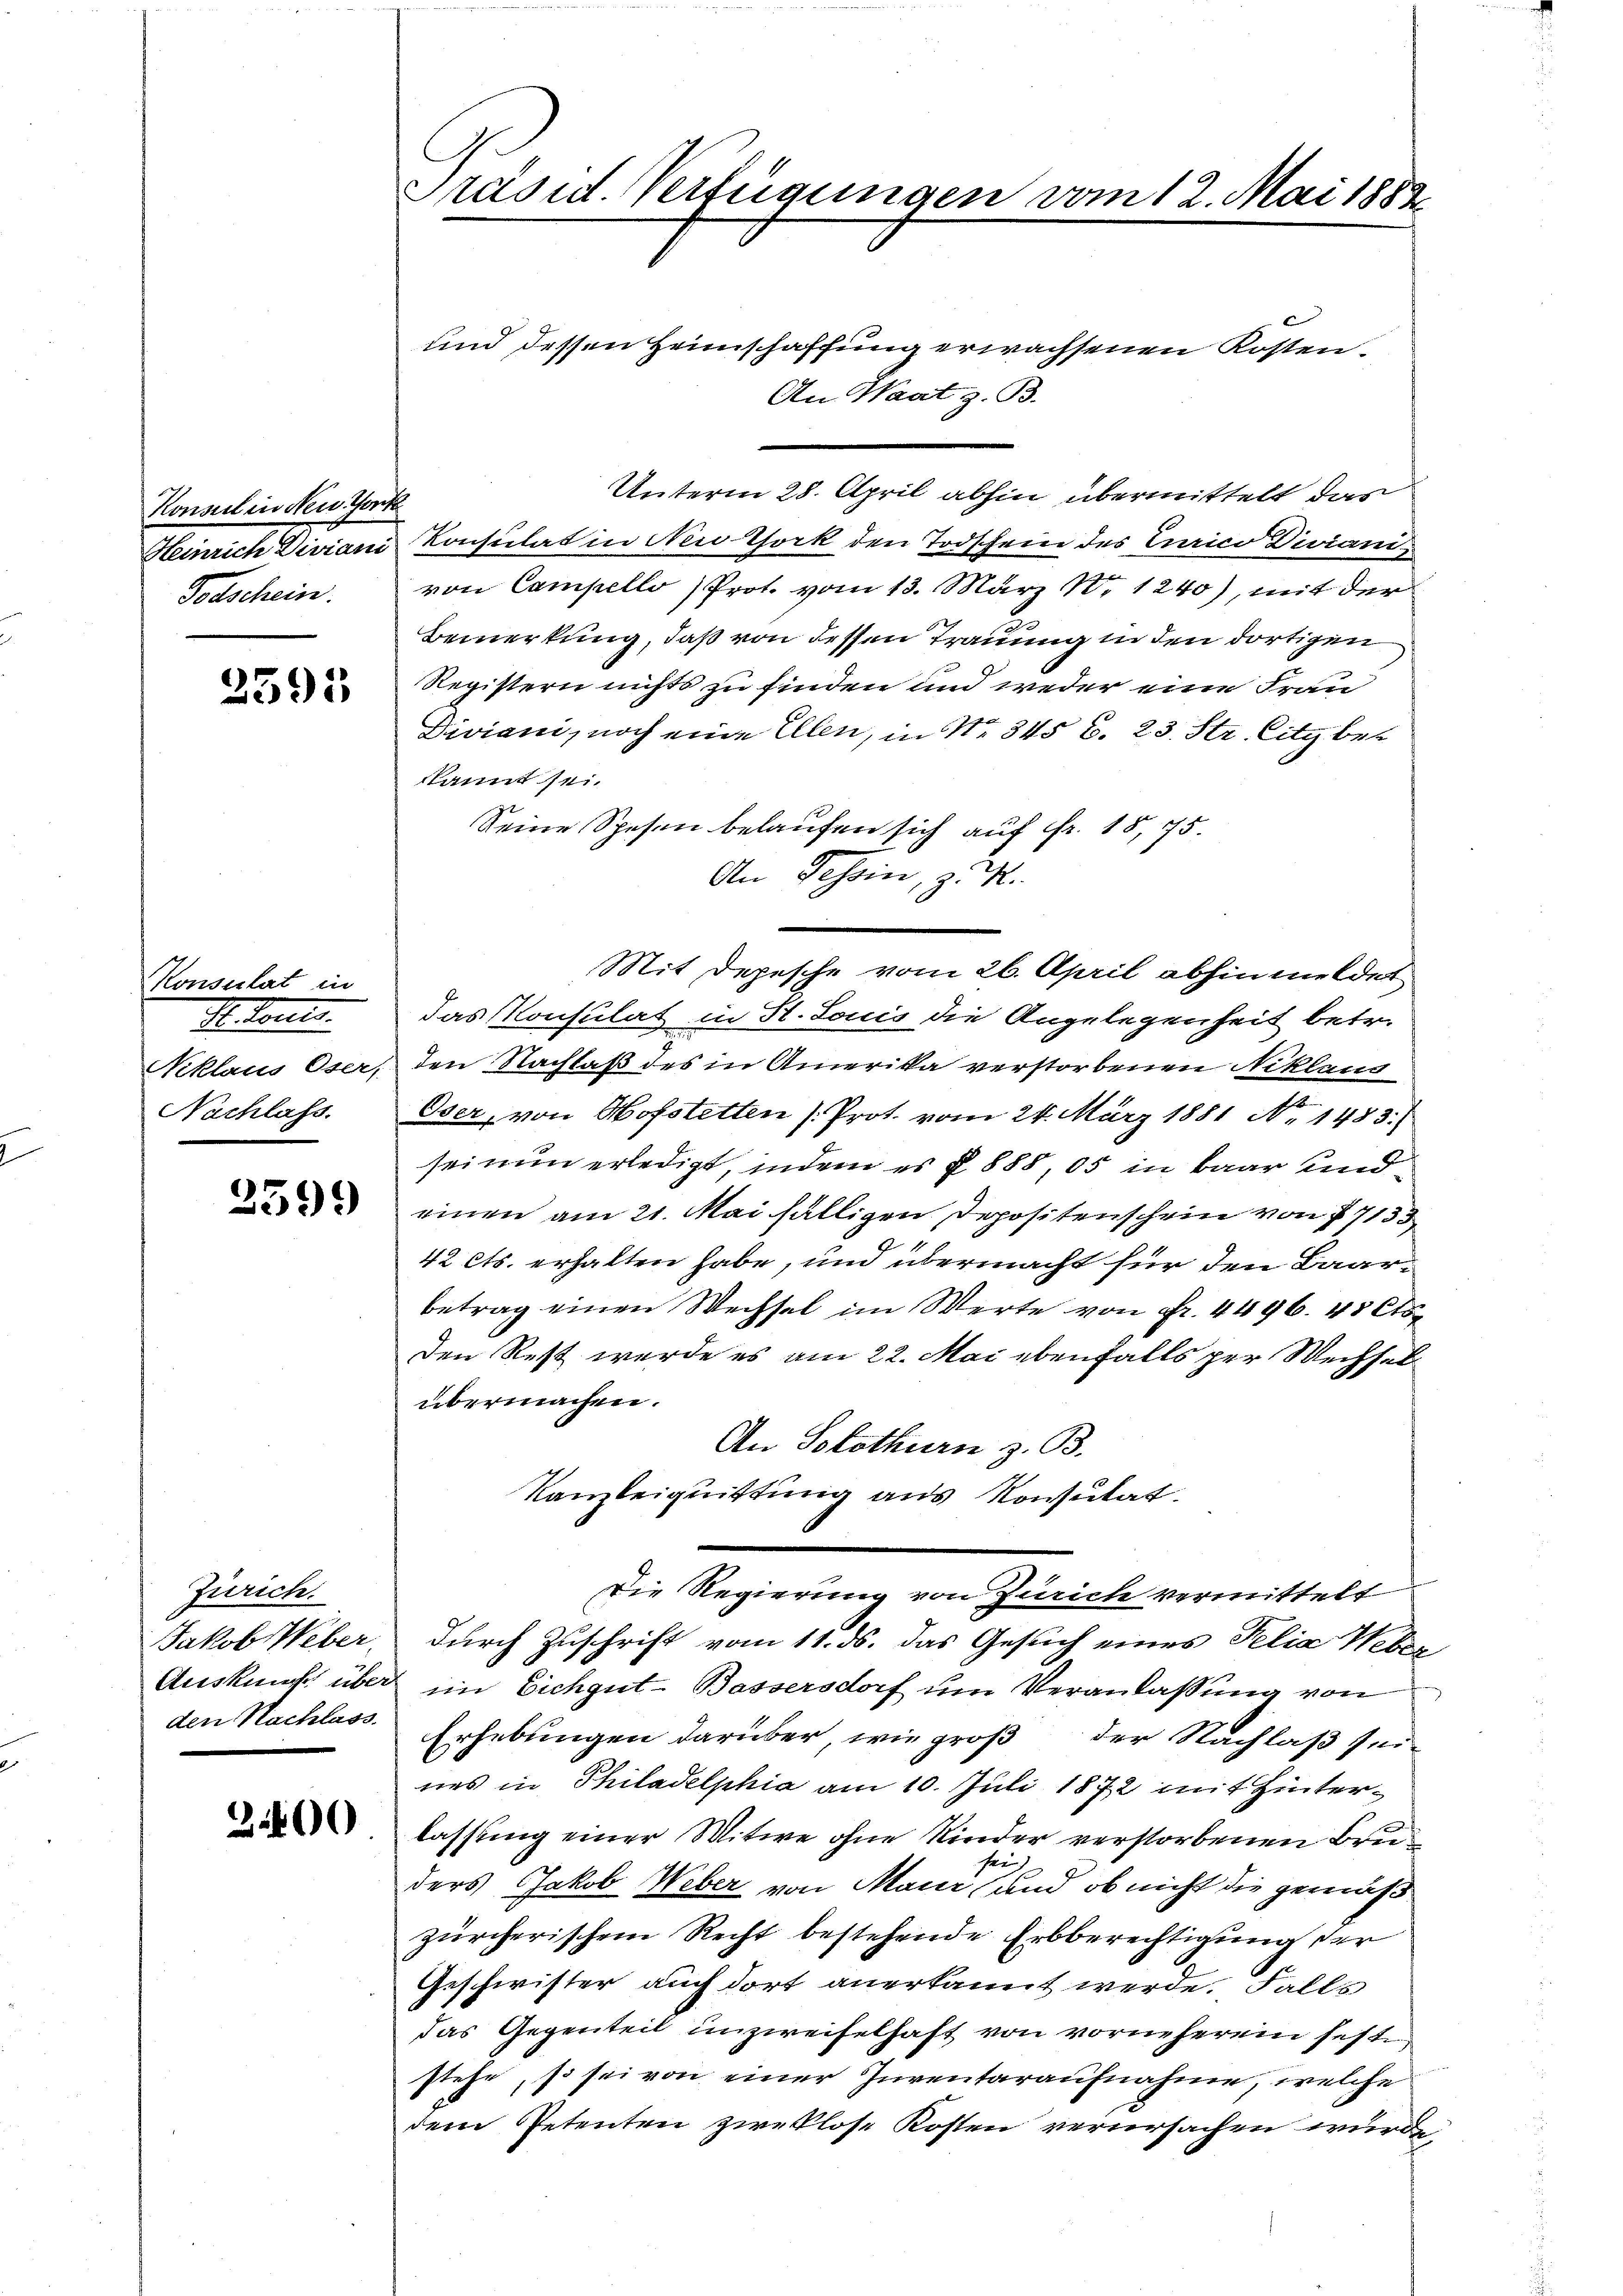
Konsul in Neue Wort
Semnach derans
Totschein.

2595

Monsulat in
Miteres.
Niklaus Oser,
Nachlass.

2599

Zürich.
Jakob Weber.
Auskunft über
den Nachlass

300

Präsid. Verfügungen vom 12. Mai 1882

und dessen Heimschaffung erwachsenen Kosten.
An Waat z. B.
Unterm 28. April abhin übermittelt das
Konsulat in Neid York den Todschein des Curico Diviani
von Campello Prot. vom 13. März 18. 1240), mit der
Bemerkung, daß von dessen Trauung in den dortigen
Registern nichts zu finden und weder eine Frau
Duviani, noch eine Ellen, in No 345 S. 23. Str. litz bet
kannt sei.
Seine Spesen belaufen sich auf Fr. 1875.
das Konsulat in St. Louis die Angelegenheit betr.
den Nachlaß des in Amerika verstorbenen Niklaus
Oser, von Hofstetten (Prot. vom 24. März 1881 No 1483.)
sei nun erledigt, indem es § 888, 05 in baar und
einen am 21. Mai fälligen Depositenschein von 17133
42 Cts. erhalten habe, und übermacht für den Baarbetrag einen Wechsel im Werte von Fr. 4496. 45 Cts
Den Rest werde es am 22. Mai ebenfalls per Wechsel
übermachen.
An Solothurn z. B.
Kanzleiquittung aus Konsutat.
Die Regierung von Zürich vermittelt
durch Zuschrift vom 11. ds. das Gesuch eines Felia Weberim Eichgut-Bassersdorf um Veranlassung von
Erhebungen darüber, wie groß der Nachlaß seines in Philadelphia am 10. Juli 1872 mit Hinterlassung einer Witwe ohne Kinder verstorbenen Bruser
ders Jakob Weber von Maur und ob nicht die gemäß
zürcherischem Recht bestehende Erbberechtigung der
Geschwister auch dort anerkannt werde. Falls
das Gegenteil unzweifelhaft von vorneherein feste
stehe, so sei von einer Inventaraufnahme, welche
dem Petenten zweklose Kosten verursachen wurde,

An Tessin, z. K.

Mit Depesche vom 26. April abhin meldet